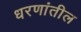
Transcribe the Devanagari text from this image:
धरणांतील